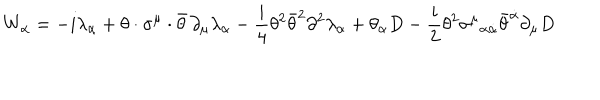
W _ { \alpha } = - i \lambda _ { \alpha } + \theta \cdot \sigma ^ { \mu } \cdot \bar { \theta } \, \partial _ { \mu } \lambda _ { \alpha } - \frac { i } { 4 } \theta ^ { 2 } \bar { \theta } ^ { 2 } \partial ^ { 2 } \lambda _ { \alpha } + \theta _ { \alpha } D - \frac { i } { 2 } \theta ^ { 2 } \sigma ^ { \mu } { } _ { \alpha \dot { \alpha } } \bar { \theta } ^ { \dot { \alpha } } \partial _ { \mu } D